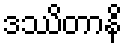
ဒဿိတာနိ